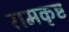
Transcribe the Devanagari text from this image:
रामकृष्ट